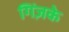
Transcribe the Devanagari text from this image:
गिंज़के